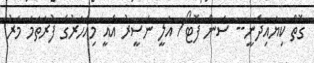
ގޮތް ކިޔައިދެނީ-- ސަން ފޮޓޯ/ އަލީ ނަސީރު އެއީ މިއަހަރުގެ ފުރަތަމަ މަރު